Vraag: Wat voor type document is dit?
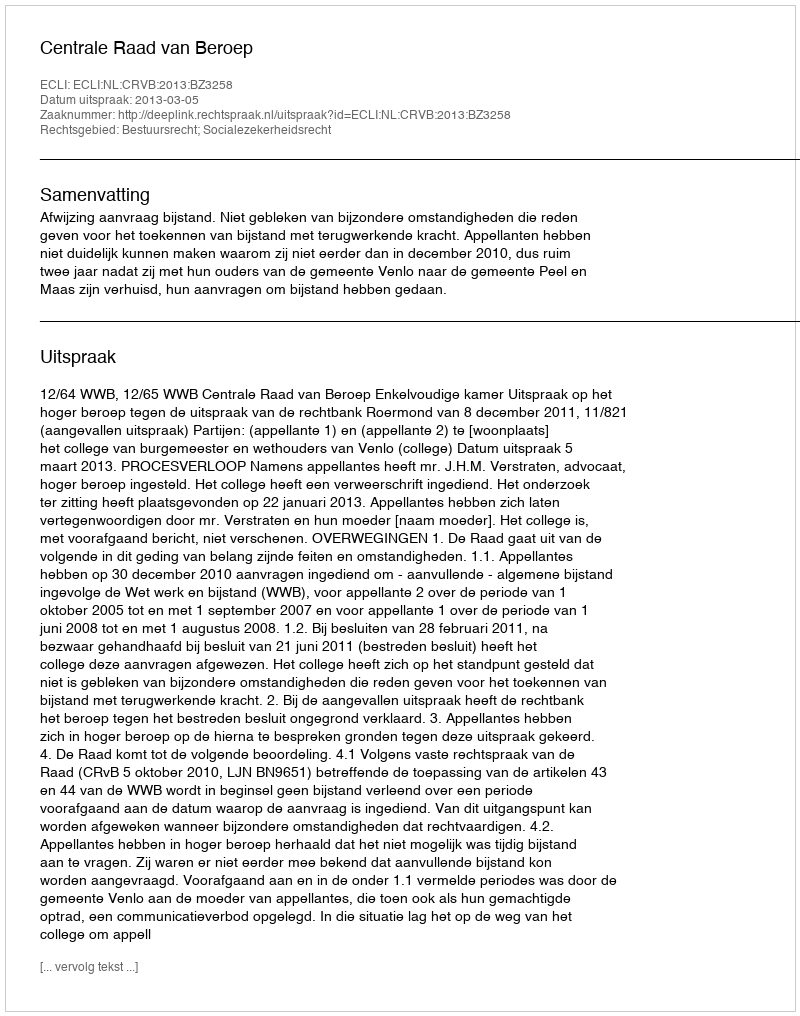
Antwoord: Uitspraak